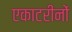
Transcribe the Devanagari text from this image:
एकाटरीनों